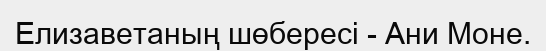
Елизаветаның шөбересі - Ани Моне.